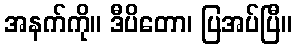
အနက်ကို။ ဒီပိတော၊ ပြအပ်ပြီ။